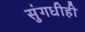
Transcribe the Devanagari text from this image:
सुंगधीही